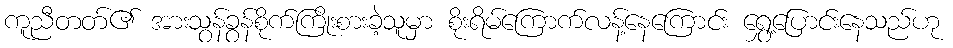
ကူညီတတ်၏ အားသွန်ခွန်စိုက်ကြိုးစားခဲ့သူမှာ စိုးရိမ်ကြောက်လန့်နေကြောင်း ရွှေ့ပြောင်းနေသည်ဟု